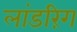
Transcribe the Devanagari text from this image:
लांडरिंग